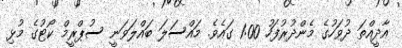
އާދީއްތަ ދުވަހުގެ މެންދުރުފަހު 1:00 ގައެވެ. މައްސަލަ ބައްލަވަނީ ސުޕްރީމް ކޯޓުގެ މުޅި